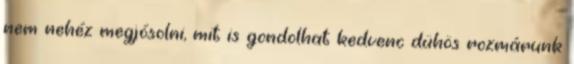
nem nehéz megjósolni, mit is gondolhat kedvenc dühös rozmárunk